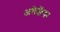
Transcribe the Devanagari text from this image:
अलेक्जैंड्रा